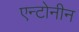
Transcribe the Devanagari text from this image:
एन्टोनीन